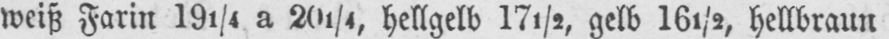
weiß Farin 191/4 a 201/4 hellgelb 17½, gelb 16½, hellbraun